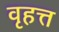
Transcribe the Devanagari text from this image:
वृहत्त